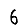
Digit: 6